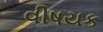
વીષયક